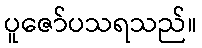
ပူဇော်ပသရသည်။